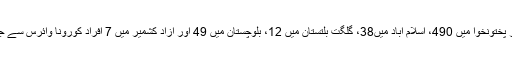
سندھ میں 555، خیبر پختونخوا میں 490، اسلام آباد میں38، گلگت بلتستان میں 12، بلوچستان میں 49 اور آزاد کشمیر میں 7 افراد کورونا وائرس سے جاں بحق ہو چکے ہیں۔